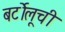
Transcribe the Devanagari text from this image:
बर्टोलूची